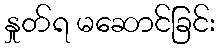
နှုတ်ရ မဆောင်ခြင်း